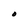
Character: O